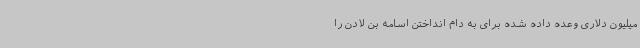
میلیون دلاری وعده داده شده برای به دام انداختن اسامه بن‌ لادن را